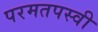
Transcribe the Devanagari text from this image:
परमतपस्वी